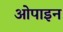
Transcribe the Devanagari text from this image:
ओपाइन